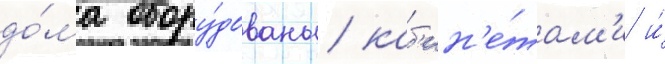
до́ма обору́дованы каб'ин'е́там'и и́